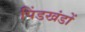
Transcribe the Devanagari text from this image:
पिंडखंडों